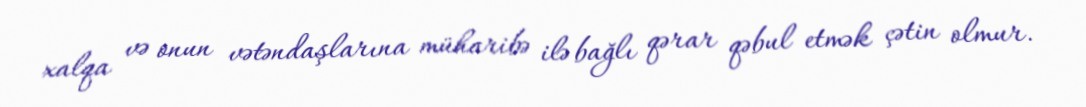
xalqa və onun vətəndaşlarına müharibə ilə bağlı qərar qəbul etmək çətin olmur.